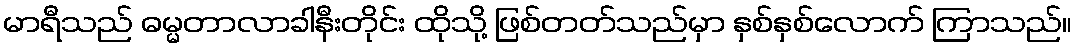
မာရီသည် ဓမ္မတာလာခါနီးတိုင်း ထိုသို့ ဖြစ်တတ်သည်မှာ နှစ်နှစ်လောက် ကြာသည်။